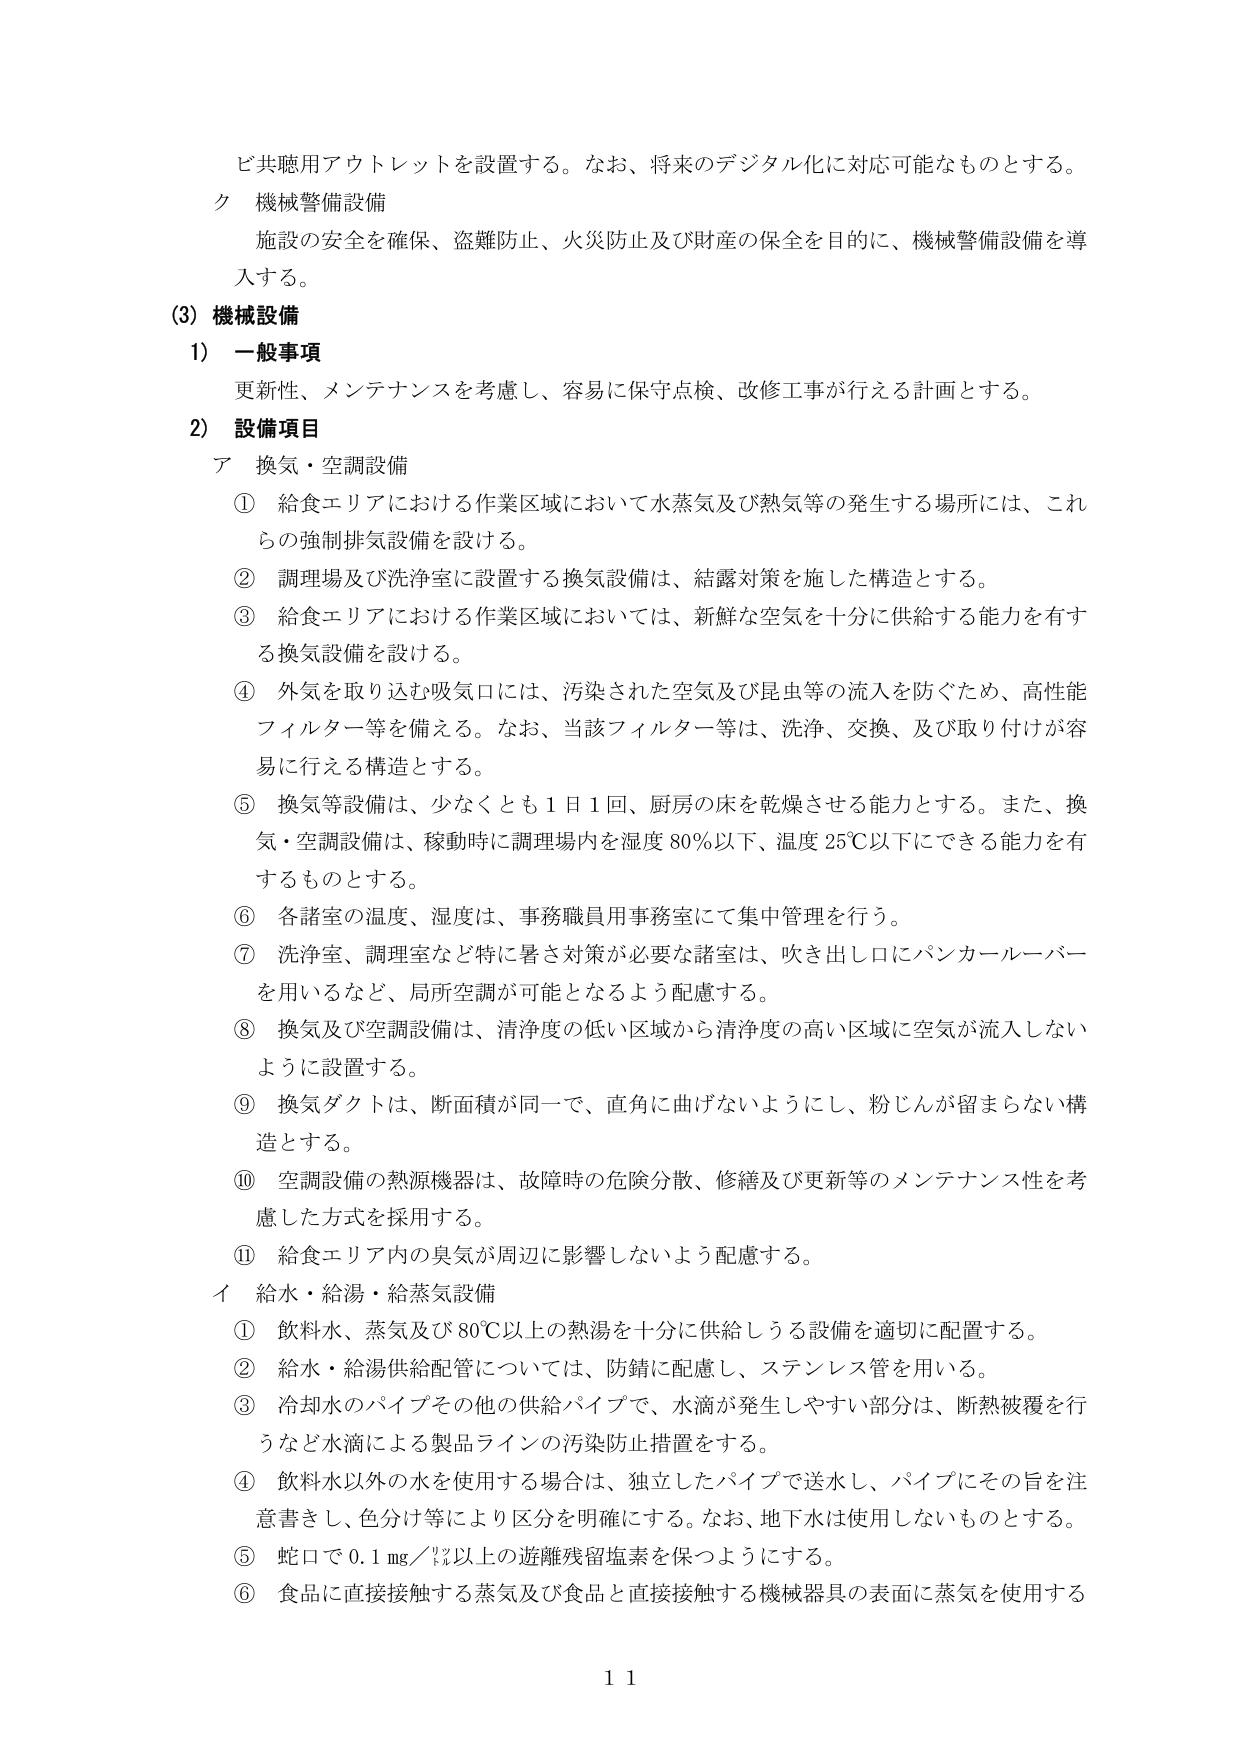
ビ共聴用アウトレットを設置する。なお、将来のデジタル化に対応可能なものとする。

ク 機械警備設備
施設の安全を確保、盗難防止、火災防止及び財産の保全を目的に、機械警備設備を導入する。

(3) 機械設備
1) 一般事項
更新性、メンテナンスを考慮し、容易に保守点検、改修工事が行える計画とする。

2) 設備項目
ア 換気・空調設備
① 給食エリアにおける作業区域において水蒸気及び熱気等の発生する場所には、これらの強制排気設備を設ける。
② 調理場及び洗浄室に設置する換気設備は、結露対策を施した構造とする。
③ 給食エリアにおける作業区域においては、新鮮な空気を十分に供給する能力を有する換気設備を設ける。
④ 外気を取り込む吸気口には、汚染された空気及び昆虫等の流入を防ぐため、高性能フィルター等を備える。なお、当該フィルター等は、洗浄、交換、及び取り付けが容易に行える構造とする。
⑤ 換気等設備は、少なくとも1日1回、厨房の床を乾燥させる能力とする。また、換気・空調設備は、稼動時に調理場内を湿度80％以下、温度25℃以下にできる能力を有するものとする。
⑥ 各諸室の温度、湿度は、事務職員用事務室にて集中管理を行う。
⑦ 洗浄室、調理室など特に暑さ対策が必要な諸室は、吹き出し口にパンカールーバーを用いるなど、局所空調が可能となるよう配慮する。
⑧ 換気及び空調設備は、清浄度の低い区域から清浄度の高い区域に空気が流入しないように設置する。
⑨ 換気ダクトは、断面積が同一で、直角に曲げないようにし、粉じんが留まらない構造とする。
⑩ 空調設備の熱源機器は、故障時の危険分散、修繕及び更新等のメンテナンス性を考慮した方式を採用する。
⑪ 給食エリア内の臭気が周辺に影響しないよう配慮する。

イ 給水・給湯・給蒸気設備
① 飲料水、蒸気及び80℃以上の熱湯を十分に供給しうる設備を適切に配置する。
② 給水・給湯供給配管については、防錆に配慮し、ステンレス管を用いる。
③ 冷却水のパイプその他の供給パイプで、水滴が発生しやすい部分は、断熱被覆を行うなど水滴による製品ラインの汚染防止措置をする。
④ 飲料水以外の水を使用する場合は、独立したパイプで送水し、パイプにその旨を注意書きし、色分け等により区分を明確にする。なお、地下水は使用しないものとする。
⑤ 蛇口で0.1mg／㍑以上の遊離残留塩素を保つようにする。
⑥ 食品に直接接触する蒸気及び食品と直接接触する機械器具の表面に蒸気を使用する

11